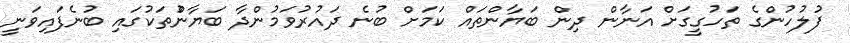
ފުލުހުންގެ ތަހުގީގަށް އަނާން ދިން ބަޔާންތައް ކަމަށް ބުނެ ދައުރުވަމުންދާ ބަޔާންުތަކުގައި ބުނެފައިވަނީ